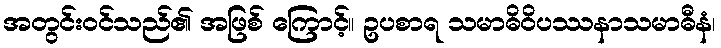
အတွင်းဝင်သည်၏ အဖြစ် ကြောင့်။ ဥပစာရ သမာဓိဝိပဿနာသမာဓီနံ၊